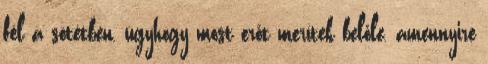
fél a sötétben, úgyhogy most erőt merítek belőle, amennyire